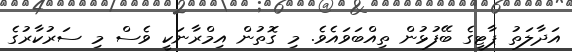
އަދާލަތު ޕާޓީގެ ބޭފުޅުން ތިއްބަވައެވެ. މި ގޮތުން އިމްރާނަކީ ވެސް މި ސަރުކާރުގެ